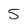
Character: 5